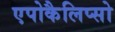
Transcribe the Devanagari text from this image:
एपोकैलिप्सो